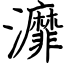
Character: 灖